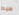
هبط